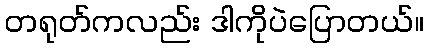
တရုတ်ကလည်း ဒါကိုပဲပြောတယ်။